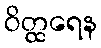
ဝိတ္ထရေန